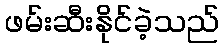
ဖမ်းဆီးနိုင်ခဲ့သည်